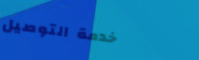
خدمة التوصيل